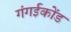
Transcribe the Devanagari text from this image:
गंगईकोंड